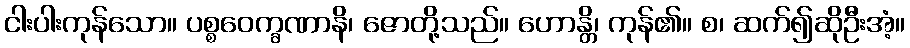
ငါးပါးကုန်သော။ ပစ္စဝေက္ခဏာနိ၊ ဇောတို့သည်။ ဟောန္တိ၊ ကုန်၏။ စ၊ ဆက်၍ဆိုဦးအံ့။